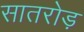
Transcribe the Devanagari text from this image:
सातरोड़